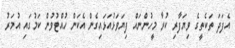
އެފަދަ ތަކެތީގެ ވިޔަފާރި ކުރާ މީހުންނައް ފިޔަވަޅުއަޅައިގެން އެކަން ހުއްޓުވުން ކަމުގައި އުމަރު